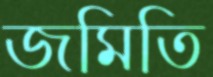
জমিতি